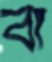
বা